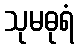
သုမဓုရံ